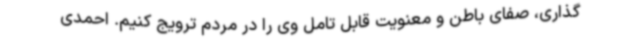
گذاری، صفای باطن و معنویت قابل تامل وی را در مردم ترویج کنیم. احمدی